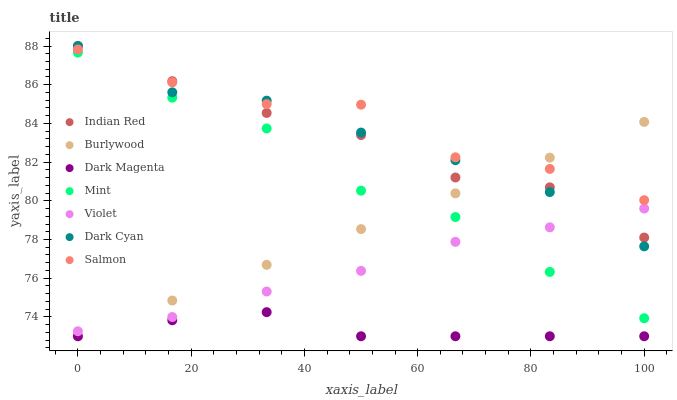
| xaxis_label | Indian Red | Burlywood | Dark Magenta | Mint | Violet | Dark Cyan | Salmon |
 | --- | --- | --- | --- | --- | --- | --- | --- |
 | 0 | 88 | 73 | 73 | 87.7 | 73.3 | 88 | 87.8 |
 | 16.7 | 86.2 | 74.8 | 73.8 | 85.3 | 74 | 85.6 | 86.1 |
 | 33.3 | 84.5 | 76.7 | 74.2 | 83.7 | 75.3 | 85.2 | 85 |
 | 50 | 83.4 | 78.5 | 73 | 80.5 | 76.4 | 83.5 | 85 |
 | 66.7 | 81.2 | 80.4 | 73 | 79.2 | 77.9 | 82.1 | 82.2 |
 | 83.3 | 80.7 | 82.2 | 73 | 76.3 | 78.6 | 80.5 | 81.6 |
 | 100 | 78.1 | 84.1 | 73 | 73.9 | 79.6 | 77.6 | 80 |